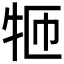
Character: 𱭪